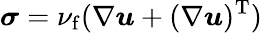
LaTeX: \boldsymbol{\sigma}=\nu_{\mathrm{f}}(\nabla\boldsymbol{u}+(\nabla\boldsymbol{u})^{\mathrm{T}})